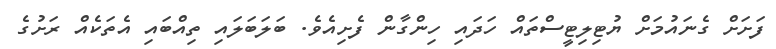
ފަށަށް ގެނައުމަށް ޔުޓިލިޓީސްތައް ހަދައި ހިންގާން ފެށިއެވެ. ބަލަބަލައި ތިއްބައި އެތަކެއް ރަށުގެ